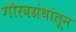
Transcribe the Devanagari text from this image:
गौरवग्रंथांतून